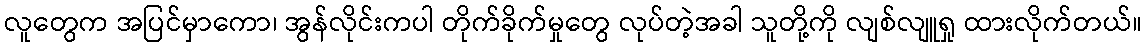
လူတွေက အပြင်မှာကော၊ အွန်လိုင်းကပါ တိုက်ခိုက်မှုတွေ လုပ်တဲ့အခါ သူတို့ကို လျစ်လျူရှု ထားလိုက်တယ်။